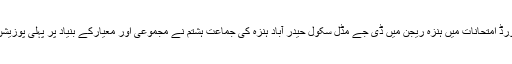
جماعت ہشتم اور جماعت پنجم کے AKES مرکزی بورڈ امتحانات میں ہنزہ ریجن میں ڈی جے مڈل سکول حیدر آباد ہنزہ کی جماعت ہشتم نے مجموعی اور معیارکے بنیاد پر پہلی پوزیشن اور جماعت پنجم کی نے دوسری پوزیشن حاصل کی۔